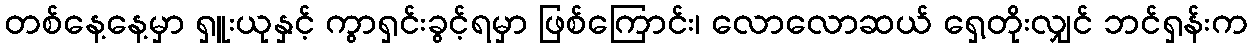
တစ်နေ့နေ့မှာ ရှူးယုနှင့် ကွာရှင်းခွင့်ရမှာ ဖြစ်ကြောင်း၊ လောလောဆယ် ရှေ့တိုးလျှင် ဘင်ရှန်းက